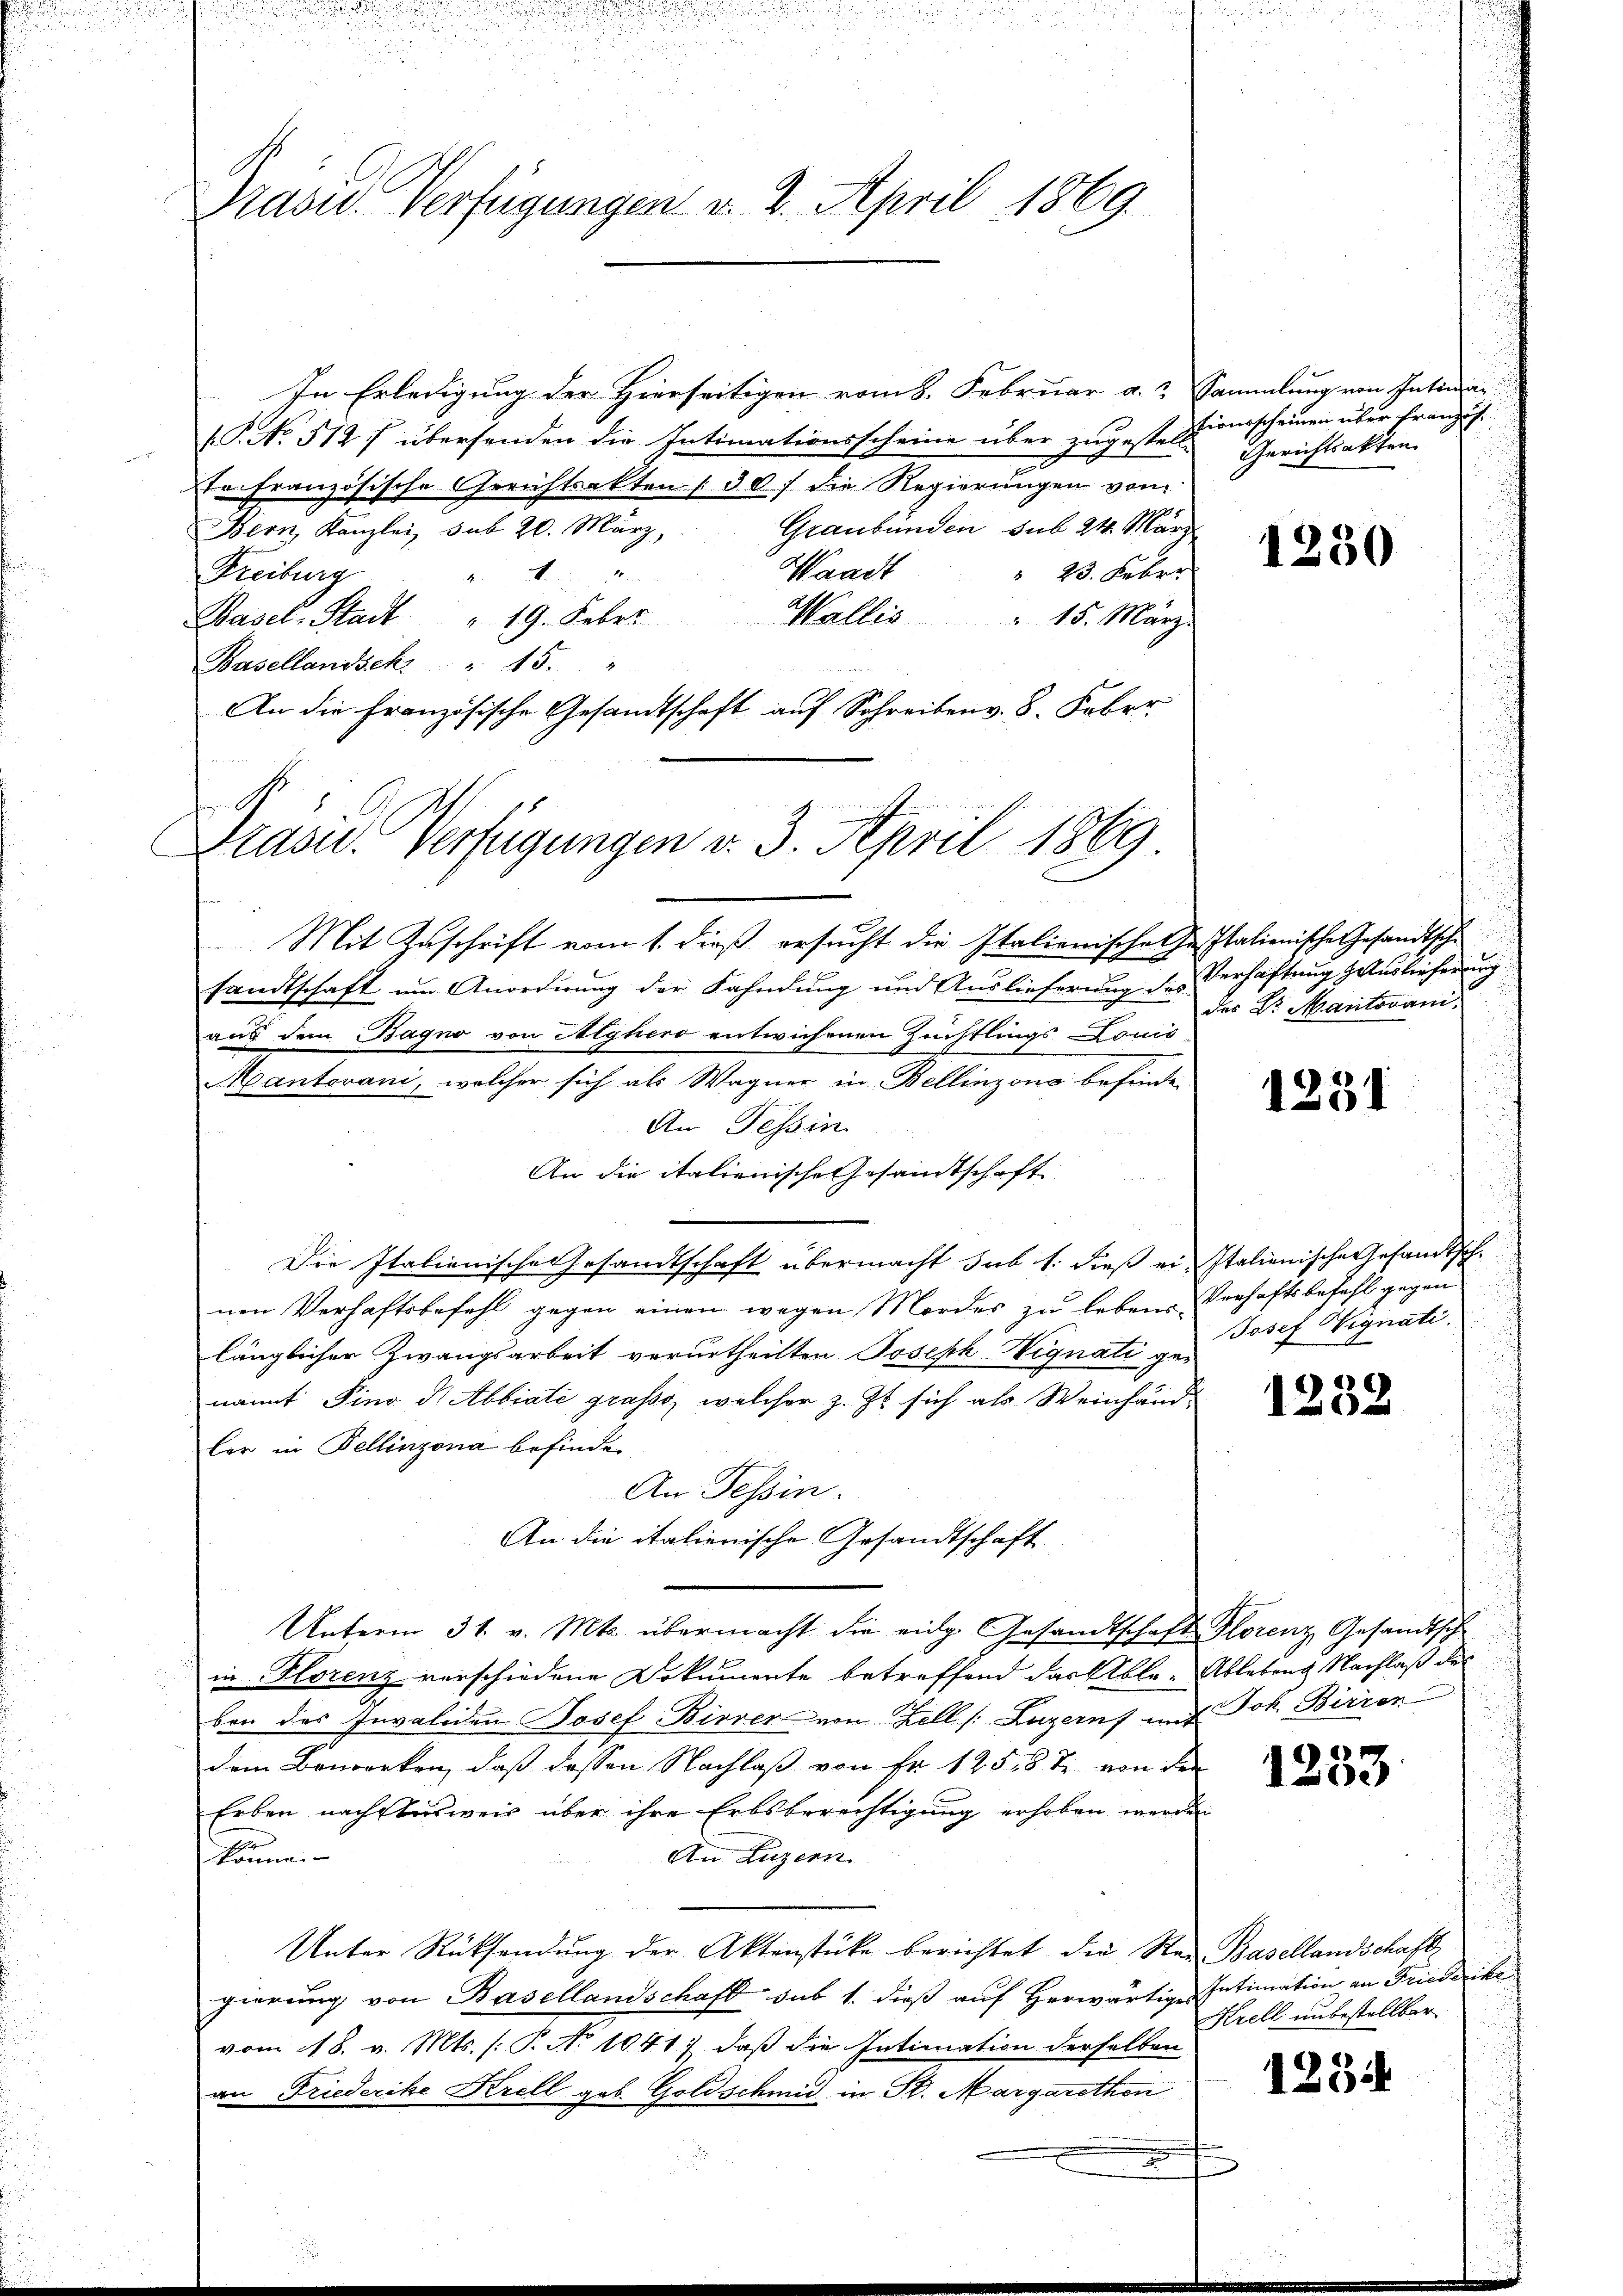
In Erledigung der Hierseitigen vom 8. Februar a. Sammlung von Intima¬
.P. No 512 f übersenden die Intimationsscheine über zugestell
w
Er französische Gerichtsakten (30) die Regierungen von
Graubünden sub 24. März
Bern Kanzlei, sub 20. März,
Waadt
1
 23. Feber
Freiburg
Basel-Stadt " 19. Feber
Wallis " 15. März
Basellandsek. " 15. "
An die Französische Gesandtschaft auf Schreiben v. 8. Feber
Präsid.. Verfügungen v. 3. April 1869

Präsid. Verfügungen v. 2. April 1869.

Mit Zuschrift vom 1. dieß ersucht die Italienischehe Italienische Gesandtsche
sandtschaft um Anordnung der Fahndung und Auslieferung des Verhaftung Auslieferung
aus dem agno von Alghero entwichenen Zuchtlings Louis-
Mantovani, welcher sich als Wagner in Bellinzona befinde
An Tessin
An die italienische Gesandtschaft
Die Italionische Gesandtschaft übermacht sub 1. dieß ein Italienische Gesandtschnen Verhaftsbefehl gegen einen wegen Mordes zu lebene Verhaftsbefehl gegen
länglicher Zwangsarbeit verurtheilten Joseph Vignati genannt Pino d. Abbiate gross, welcher z. Zt. sich als Weinhändler in Bellinzona befinden
An Tessin.
An die italienische Gesandtschaft
Unterm 31. v. Mts. übermacht die eidg. Gesandtschaft Florenz Gesandtsch
in Florenz verschiedene Dokumente betreffend das Able- Ablebend Nachlaß der
ben des Invaliden Josef Birrer von Zell /: Luzern und Joh. Birren
dem Bewerken, daß dessen Nachlaß von Fr. 12518 t von der
Erben nachdensweis über ihre Erbsberechtigung erhoben werden
könne.
An Luzern
Unter Rücksendung der Aktenstücke berichtet die Sten Basellandschaft
gierung von Basellandschaft sub 1. dieß auf herwärtige Intimation an Friederike
vom 18. v. Mts. (T. No 1041), daß die Intimation derselben
an Friederike Krell geb. Goldschmid in St. Margarethen

hirnscheinen über franzis
Gerichtsakten.

1230

des Dr. Mantovani,

1251

Josef Vignati

1238

1253.

Krell unbestellbar

1234